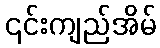
၎င်းကျည်အိမ်